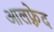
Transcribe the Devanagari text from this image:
आलफ़्रेद